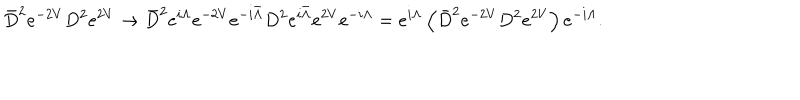
\bar { D } ^ { 2 } e ^ { - 2 V } D ^ { 2 } e ^ { 2 V } \rightarrow \bar { D } ^ { 2 } e ^ { i \Lambda } e ^ { - 2 V } e ^ { - i \bar { \Lambda } } D ^ { 2 } e ^ { i \bar { \Lambda } } e ^ { 2 V } e ^ { - i \Lambda } = e ^ { i \Lambda } \left( \bar { D } ^ { 2 } e ^ { - 2 V } D ^ { 2 } e ^ { 2 V } \right) e ^ { - i \Lambda } .